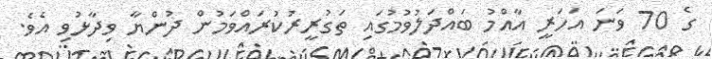
ގެ 70 ވަނަ އަހަރީ އާއްމު ބައްދަލުވުމުގައި ތަގުރީރުކުރައްވަމުން ދުންޔާ ވިދާޅުވި އެވެ.